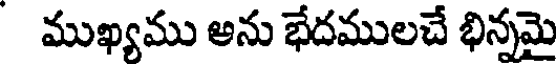
ముఖ్యము అను భేదములచే భిన్నమై